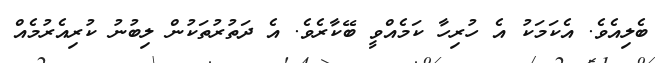
ބެލިއެވެ. އެކަމަކު އެ ހުރިހާ ކަމެއްވީ ބޭކާރެވެ. އެ ދަތުރުތަކުން ލިބުނު ކުރިއެރުމެއް